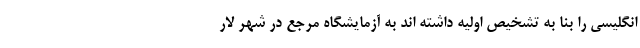
انگلیسی را بنا به تشخیص اولیه داشته اند به آزمایشگاه مرجع در شهر لار